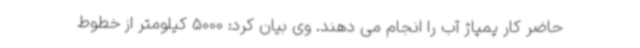
حاضر کار پمپاژ آب را انجام می دهند. وی بیان کرد: 5000 کیلومتر از خطوط